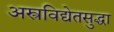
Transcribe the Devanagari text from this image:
अस्त्रविद्येतसुद्धा